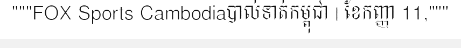
"""FOX Sports Cambodiaបាល់ទាត់កម្ពុជា | ខែកញ្ញា 11,"""